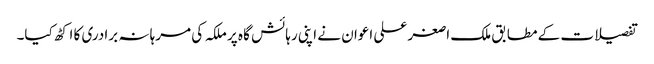
تفصیلات کے مطابق ملک ا صغر علی اعوان نے اپنی رہائش گا ہ پر ملکہ کی مرہا نہ برادری کا اکٹھ کیا۔